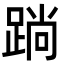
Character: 䠀